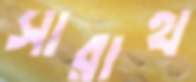
সারাথ